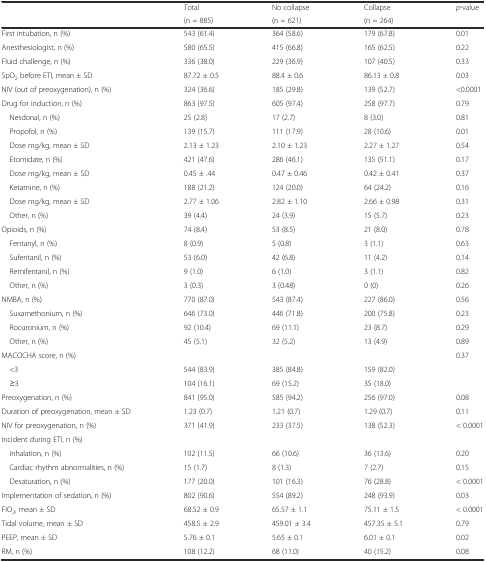
<table><thead><tr><td></td><td><b>Total</b></td><td><b>No collapse</b></td><td><b>Collapse</b></td><td rowspan="2"><b><i>p</i>-value</b></td></tr><tr><td></td><td><b>(n = 885)</b></td><td><b>(n = 621)</b></td><td><b>(n = 264)</b></td></tr></thead><tbody><tr><td>First intubation, n (%)</td><td>543 (61.4)</td><td>364 (58.6)</td><td>179 (67.8)</td><td>0.01</td></tr><tr><td>Anesthesiologist, n (%)</td><td>580 (65.5)</td><td>415 (66.8)</td><td>165 (62.5)</td><td>0.22</td></tr><tr><td>Fluid challenge, n (%)</td><td>336 (38.0)</td><td>229 (36.9)</td><td>107 (40.5)</td><td>0.33</td></tr><tr><td>SpO<sub>2</sub> before ETI, mean ± SD</td><td>87.72 ± 0.5</td><td>88.4 ± 0.6</td><td>86.13 ± 0.8</td><td>0.03</td></tr><tr><td>NIV (out of preoxygenation), n (%)</td><td>324 (36.6)</td><td>185 (29.8)</td><td>139 (52.7)</td><td>&lt;0.0001</td></tr><tr><td>Drug for induction, n (%)</td><td>863 (97.5)</td><td>605 (97.4)</td><td>258 (97.7)</td><td>0.79</td></tr><tr><td> Nesdonal, n (%)</td><td>25 (2.8)</td><td>17 (2.7)</td><td>8 (3.0)</td><td>0.81</td></tr><tr><td> Propofol, n (%)</td><td>139 (15.7)</td><td>111 (17.9)</td><td>28 (10.6)</td><td>0.01</td></tr><tr><td> Dose mg/kg, mean ± SD</td><td>2.13 ± 1.23</td><td>2.10 ± 1.23</td><td>2.27 ± 1.27</td><td>0.54</td></tr><tr><td> Etomidate, n (%)</td><td>421 (47.6)</td><td>286 (46.1)</td><td>135 (51.1)</td><td>0.17</td></tr><tr><td> Dose mg/kg, mean ± SD</td><td>0.45 ± .44</td><td>0.47 ± 0.46</td><td>0.42 ± 0.41</td><td>0.37</td></tr><tr><td> Ketamine, n (%)</td><td>188 (21.2)</td><td>124 (20.0)</td><td>64 (24.2)</td><td>0.16</td></tr><tr><td> Dose mg/kg, mean ± SD</td><td>2.77 ± 1.06</td><td>2.82 ± 1.10</td><td>2.66 ± 0.98</td><td>0.31</td></tr><tr><td> Other, n (%)</td><td>39 (4.4)</td><td>24 (3.9)</td><td>15 (5.7)</td><td>0.23</td></tr><tr><td>Opioids, n (%)</td><td>74 (8.4)</td><td>53 (8.5)</td><td>21 (8.0)</td><td>0.78</td></tr><tr><td> Fentanyl, n (%)</td><td>8 (0.9)</td><td>5 (0.8)</td><td>3 (1.1)</td><td>0.63</td></tr><tr><td> Sufentanil, n (%)</td><td>53 (6.0)</td><td>42 (6.8)</td><td>11 (4.2)</td><td>0.14</td></tr><tr><td> Remifentanil, n (%)</td><td>9 (1.0)</td><td>6 (1.0)</td><td>3 (1.1)</td><td>0.82</td></tr><tr><td> Other, n (%)</td><td>3 (0.3)</td><td>3 (0.48)</td><td>0 (0)</td><td>0.26</td></tr><tr><td>NMBA, n (%)</td><td>770 (87.0)</td><td>543 (87.4)</td><td>227 (86.0)</td><td>0.56</td></tr><tr><td> Suxamethonium, n (%)</td><td>646 (73.0)</td><td>446 (71.8)</td><td>200 (75.8)</td><td>0.23</td></tr><tr><td> Rocuronium, n (%)</td><td>92 (10.4)</td><td>69 (11.1)</td><td>23 (8.7)</td><td>0.29</td></tr><tr><td> Other, n (%)</td><td>45 (5.1)</td><td>32 (5.2)</td><td>13 (4.9)</td><td>0.89</td></tr><tr><td>MACOCHA score, n (%)</td><td></td><td></td><td></td><td>0.37</td></tr><tr><td> &lt;3</td><td>544 (83.9)</td><td>385 (84.8)</td><td>159 (82.0)</td><td></td></tr><tr><td> ≥3</td><td>104 (16.1)</td><td>69 (15.2)</td><td>35 (18.0)</td><td></td></tr><tr><td>Preoxygenation, n (%)</td><td>841 (95.0)</td><td>585 (94.2)</td><td>256 (97.0)</td><td>0.08</td></tr><tr><td>Duration of preoxygenation, mean ± SD</td><td>1.23 (0.7)</td><td>1.21 (0.7)</td><td>1.29 (0.7)</td><td>0.11</td></tr><tr><td>NIV for preoxygenation, n (%)</td><td>371 (41.9)</td><td>233 (37.5)</td><td>138 (52.3)</td><td>&lt; 0.0001</td></tr><tr><td>Incident during ETI, n (%)</td><td></td><td></td><td></td><td></td></tr><tr><td> Inhalation, n (%)</td><td>102 (11.5)</td><td>66 (10.6)</td><td>36 (13.6)</td><td>0.20</td></tr><tr><td> Cardiac rhythm abnormalities, n (%)</td><td>15 (1.7)</td><td>8 (1.3)</td><td>7 (2.7)</td><td>0.15</td></tr><tr><td> Desaturation, n (%)</td><td>177 (20.0)</td><td>101 (16.3)</td><td>76 (28.8)</td><td>&lt; 0.0001</td></tr><tr><td>Implementation of sedation, n (%)</td><td>802 (90.6)</td><td>554 (89.2)</td><td>248 (93.9)</td><td>0.03</td></tr><tr><td>FIO<sub>2</sub>, mean ± SD</td><td>68.52 ± 0.9</td><td>65.57 ± 1.1</td><td>75.11 ± 1.5</td><td>&lt; 0.0001</td></tr><tr><td>Tidal volume, mean ± SD</td><td>458.5 ± 2.9</td><td>459.01 ± 3.4</td><td>457.35 ± 5.1</td><td>0.79</td></tr><tr><td>PEEP, mean ± SD</td><td>5.76 ± 0.1</td><td>5.65 ± 0.1</td><td>6.01 ± 0.1</td><td>0.02</td></tr><tr><td>RM, n (%)</td><td>108 (12.2)</td><td>68 (11.0)</td><td>40 (15.2)</td><td>0.08</td></tr></tbody></table>